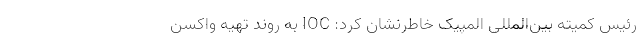
رئیس کمیته بین‌المللی المپیک خاطرنشان کرد: IOC به روند تهیه واکسن